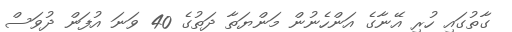
ގާތުގައި ހުރި އޭނާގެ އަންހެނުން މަންޔަތާ ދަތުގެ 40 ވަނަ އުފަން ދުވަސް